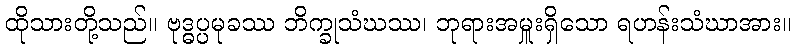
ထိုသားတို့သည်။ ဗုဒ္ဓပ္ပမုခဿ ဘိက္ခုသံဃဿ၊ ဘုရားအမှူးရှိသော ရဟန်းသံဃာအား။